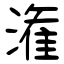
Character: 潅